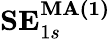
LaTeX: \textbf{SE}_{1s}^{\textbf{MA(1)}}